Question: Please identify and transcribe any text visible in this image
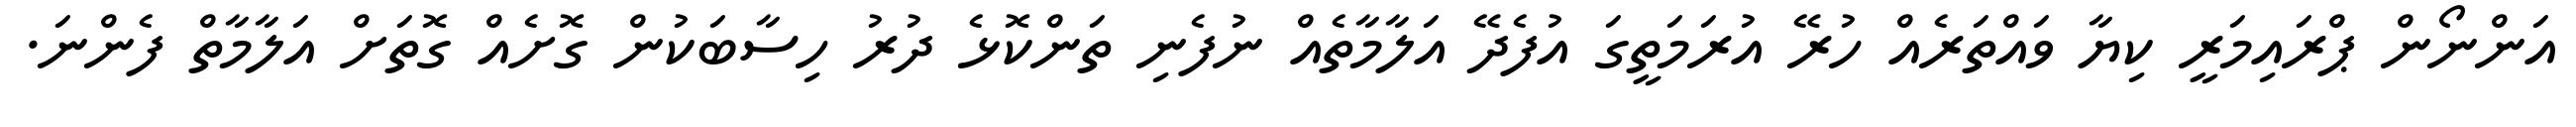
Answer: އަންނޯން ޕްރައިމަރީ ކިޔާ ވައްތަރެއް ހުރޭ އުރަމަތީގަ އުފެދޭ އަލާމާތެއް ނުފެނި ތަންކޮޅެ ދުރު ހިސާބަކުން ގޮށެއް ގޮތަށް އަލާމާތް ފެންނަ.